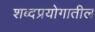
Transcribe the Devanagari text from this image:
शब्दप्रयोगातील